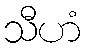
သီဟံ